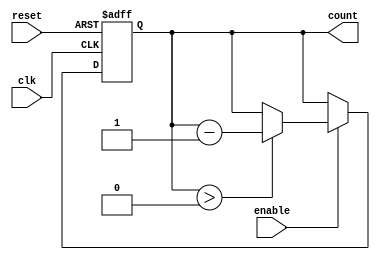
module down_counter (
    input wire clk,          // Clock signal
    input wire enable,       // Enable signal
    input wire reset,        // Asynchronous reset signal
    output reg [N-1:0] count // Current count value
);
    parameter MAX_VALUE = 15; // Maximum value for the counter
    localparam N = $clog2(MAX_VALUE + 1); // Number of bits required for the counter

    // Asynchronous reset
    always @(posedge clk or posedge reset) begin
        if (reset) begin
            count <= MAX_VALUE; // Reset to maximum value
        end else if (enable) begin
            if (count > 0) begin
                count <= count - 1; // Decrement the counter
            end
            // If count is already 0, it remains 0
        end
    end

    // Initialize count to maximum value on reset
    initial begin
        count = MAX_VALUE;
    end
endmodule